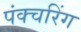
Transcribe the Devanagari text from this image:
पंक्चरिंग